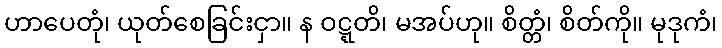
ဟာပေတုံ၊ ယုတ်စေခြင်းငှာ။ န ဝဋ္ဋတိ၊ မအပ်ဟု။ စိတ္တံ၊ စိတ်ကို။ မုဒုကံ၊